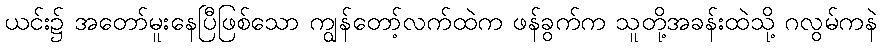
ယင်း၌ အတော်မူးနေပြီဖြစ်သော ကျွန်တော့်လက်ထဲက ဖန်ခွက်က သူတို့အခန်းထဲသို့ ဂလွမ်ကနဲ